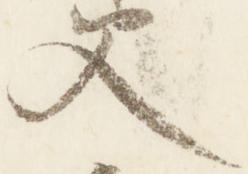
父